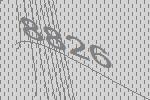
8826